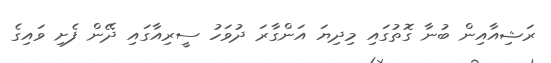
ރަޝިއާއިން ބުނާ ގޮތުގައި މިދިޔަ އަންގާރަ ދުވަހު ސީރިއާގައި ދޭން ފެށި ވައިގެ